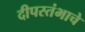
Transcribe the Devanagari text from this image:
दीपस्तंभाचे